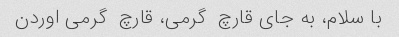
با سلام، به جای قارچ  گرمی، قارچ  گرمی اوردن